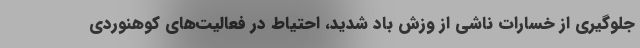
جلوگیری از خسارات ناشی از وزش باد شدید، احتیاط در فعالیت‌های کوهنوردی